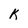
Character: k